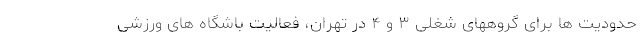
حدودیت ها برای گروههای شغلی ۳ و ۴ در تهران، فعالیت باشگاه های ورزشی